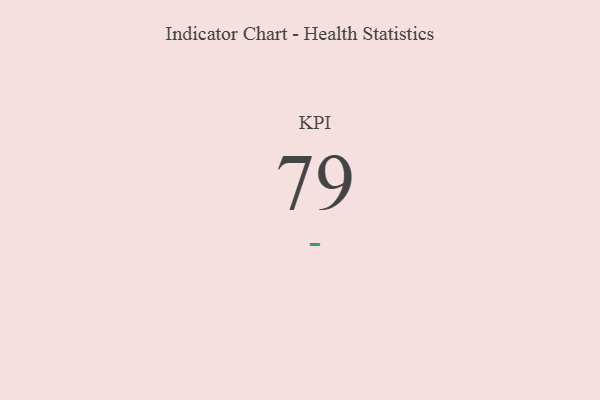
{"axis": {"x": "KPI", "y": "Value"}, "legend": [""], "data": [{"x": "KPI", "y": 79, "type": ""}]}